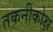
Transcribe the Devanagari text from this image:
तकनीकोक्ष